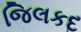
જિલકદ